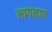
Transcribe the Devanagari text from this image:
लागलाय